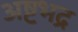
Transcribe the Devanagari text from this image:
अष्टभद्र